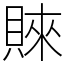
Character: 𧶛